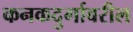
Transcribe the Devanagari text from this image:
कनकदुर्गावरील